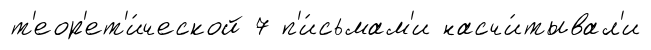
т'еор'ет'и́ческой 7 п'и́сьмам'и насчи́тывал'и